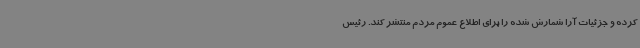
کرده و جزئیات ‌آرا شمارش شده را برای اطلاع عموم مردم منتشر کند. رئیس